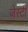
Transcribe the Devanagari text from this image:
जेस्टी